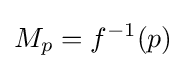
M_{p}=f^{-1}({p})